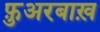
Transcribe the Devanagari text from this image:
फ़ुअरबाख़